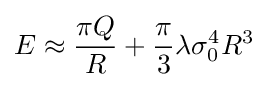
E\approx {\frac {\pi Q}{R}}+{\frac {\pi }{3}}\lambda \sigma _{0}^{4}R^{3}